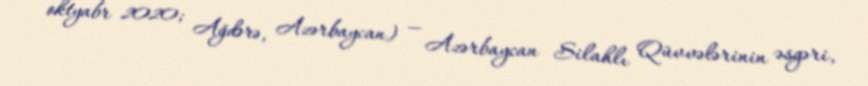
oktyabr 2020; Ağdərə, Azərbaycan) — Azərbaycan Silahlı Qüvvələrinin əsgəri,